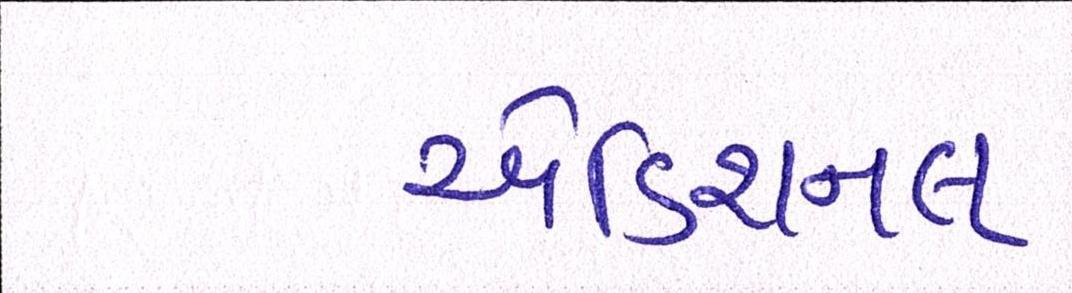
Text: એડિશનલ